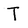
Character: T